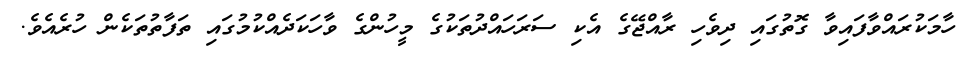
ހާމަކުރައްވާފައިވާ ގޮތުގައި ދިވެހި ރާއްޖޭގެ އެކި ސަރަހައްދުތަކުގެ މީހުންގެ ވާހަކަދެއްކުމުގައި ތަފާތުތަކެން ހުރެއެވެ.